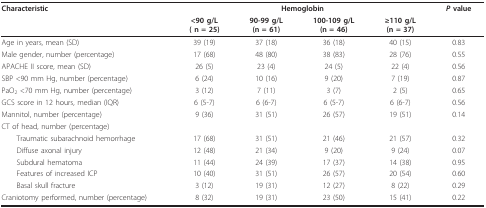
| Characteristic | <COLSPAN=4> Hemoglobin | P value |
 |  | <90 g/L( n = 25) | 90-99 g/L(n = 61) | 100-109 g/L(n = 46) | ≥110 g/L(n = 37) |  |
 | --- | --- | --- | --- | --- | --- |
 | Age in years, mean (SD) | 39 (19) | 37 (18) | 36 (18) | 40 (15) | 0.83 |
 | Male gender, number (percentage) | 17 (68) | 48 (80) | 38 (83) | 28 (76) | 0.55 |
 | APACHE II score, mean (SD) | 26 (5) | 23 (4) | 24 (5) | 22 (4) | 0.56 |
 | SBP <90 mm Hg, number (percentage) | 6 (24) | 10 (16) | 9 (20) | 7 (19) | 0.87 |
 | PaO2 <70 mm Hg, number (percentage) | 3 (12) | 7 (11) | 3 (7) | 2 (5) | 0.65 |
 | GCS score in 12 hours, median (IQR) | 6 (5-7) | 6 (6-7) | 6 (5-7) | 6 (6-7) | 0.56 |
 | Mannitol, number (percentage) | 9 (36) | 31 (51) | 26 (57) | 19 (51) | 0.14 |
 | CT of head, number (percentage) |  |  |  |  |  |
 | Traumatic subarachnoid hemorrhage | 17 (68) | 31 (51) | 21 (46) | 21 (57) | 0.32 |
 | Diffuse axonal injury | 12 (48) | 21 (34) | 9 (20) | 9 (24) | 0.07 |
 | Subdural hematoma | 11 (44) | 24 (39) | 17 (37) | 14 (38) | 0.95 |
 | Features of increased ICP | 10 (40) | 31 (51) | 26 (57) | 20 (54) | 0.60 |
 | Basal skull fracture | 3 (12) | 19 (31) | 12 (27) | 8 (22) | 0.29 |
 | Craniotomy performed, number (percentage) | 8 (32) | 19 (31) | 23 (50) | 15 (41) | 0.22 |